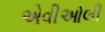
એવીઓલી